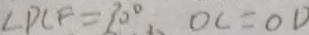
\angle D C F = 3 0 ^ { \circ } , O C = O D